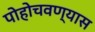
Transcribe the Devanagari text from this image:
पोहोचवण्यास